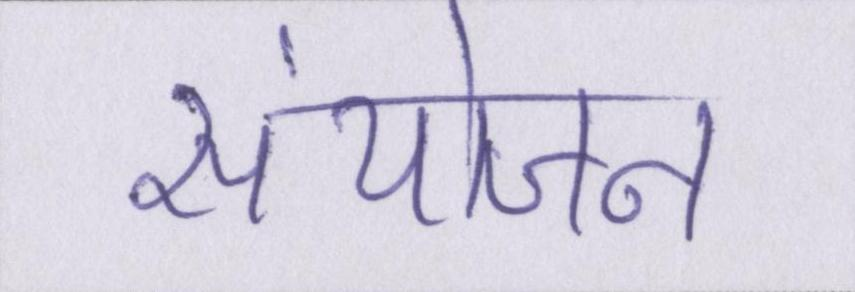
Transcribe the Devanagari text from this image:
संयोजन